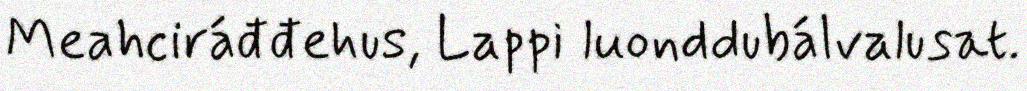
Meahciráđđehus, Lappi luonddubálvalusat.